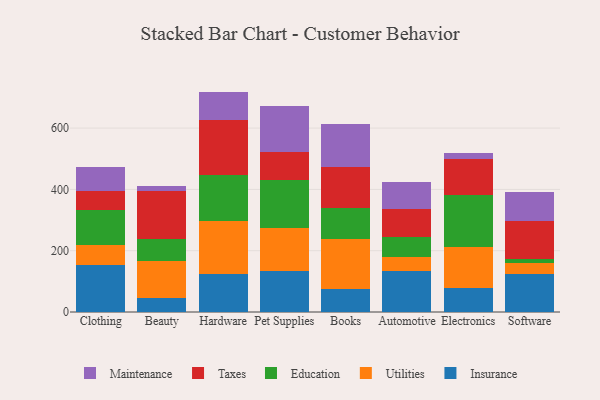
{"axis": {"x": "Category", "y": "Gross Profit (USD K)"}, "legend": ["Education", "Insurance", "Maintenance", "Taxes", "Utilities"], "data": [{"x": "Clothing", "y": 154.5, "type": "Insurance"}, {"x": "Clothing", "y": 64.2, "type": "Utilities"}, {"x": "Clothing", "y": 113.0, "type": "Education"}, {"x": "Clothing", "y": 62.8, "type": "Taxes"}, {"x": "Clothing", "y": 80.0, "type": "Maintenance"}, {"x": "Beauty", "y": 45.5, "type": "Insurance"}, {"x": "Beauty", "y": 121.6, "type": "Utilities"}, {"x": "Beauty", "y": 69.7, "type": "Education"}, {"x": "Beauty", "y": 156.7, "type": "Taxes"}, {"x": "Beauty", "y": 17.3, "type": "Maintenance"}, {"x": "Hardware", "y": 123.7, "type": "Insurance"}, {"x": "Hardware", "y": 173.1, "type": "Utilities"}, {"x": "Hardware", "y": 151.3, "type": "Education"}, {"x": "Hardware", "y": 179.0, "type": "Taxes"}, {"x": "Hardware", "y": 92.0, "type": "Maintenance"}, {"x": "Pet Supplies", "y": 133.8, "type": "Insurance"}, {"x": "Pet Supplies", "y": 139.9, "type": "Utilities"}, {"x": "Pet Supplies", "y": 157.4, "type": "Education"}, {"x": "Pet Supplies", "y": 92.3, "type": "Taxes"}, {"x": "Pet Supplies", "y": 150.3, "type": "Maintenance"}, {"x": "Books", "y": 76.1, "type": "Insurance"}, {"x": "Books", "y": 162.4, "type": "Utilities"}, {"x": "Books", "y": 101.4, "type": "Education"}, {"x": "Books", "y": 131.6, "type": "Taxes"}, {"x": "Books", "y": 141.7, "type": "Maintenance"}, {"x": "Automotive", "y": 134.9, "type": "Insurance"}, {"x": "Automotive", "y": 43.4, "type": "Utilities"}, {"x": "Automotive", "y": 65.0, "type": "Education"}, {"x": "Automotive", "y": 93.8, "type": "Taxes"}, {"x": "Automotive", "y": 88.4, "type": "Maintenance"}, {"x": "Electronics", "y": 79.3, "type": "Insurance"}, {"x": "Electronics", "y": 133.0, "type": "Utilities"}, {"x": "Electronics", "y": 168.0, "type": "Education"}, {"x": "Electronics", "y": 117.6, "type": "Taxes"}, {"x": "Electronics", "y": 20.9, "type": "Maintenance"}, {"x": "Software", "y": 123.7, "type": "Insurance"}, {"x": "Software", "y": 37.1, "type": "Utilities"}, {"x": "Software", "y": 11.8, "type": "Education"}, {"x": "Software", "y": 124.4, "type": "Taxes"}, {"x": "Software", "y": 93.3, "type": "Maintenance"}]}